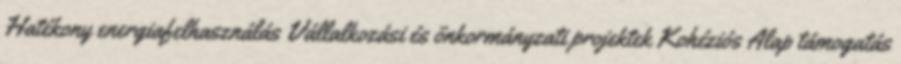
Hatékony energiafelhasználás Vállalkozási és önkormányzati projektek Kohéziós Alap támogatás